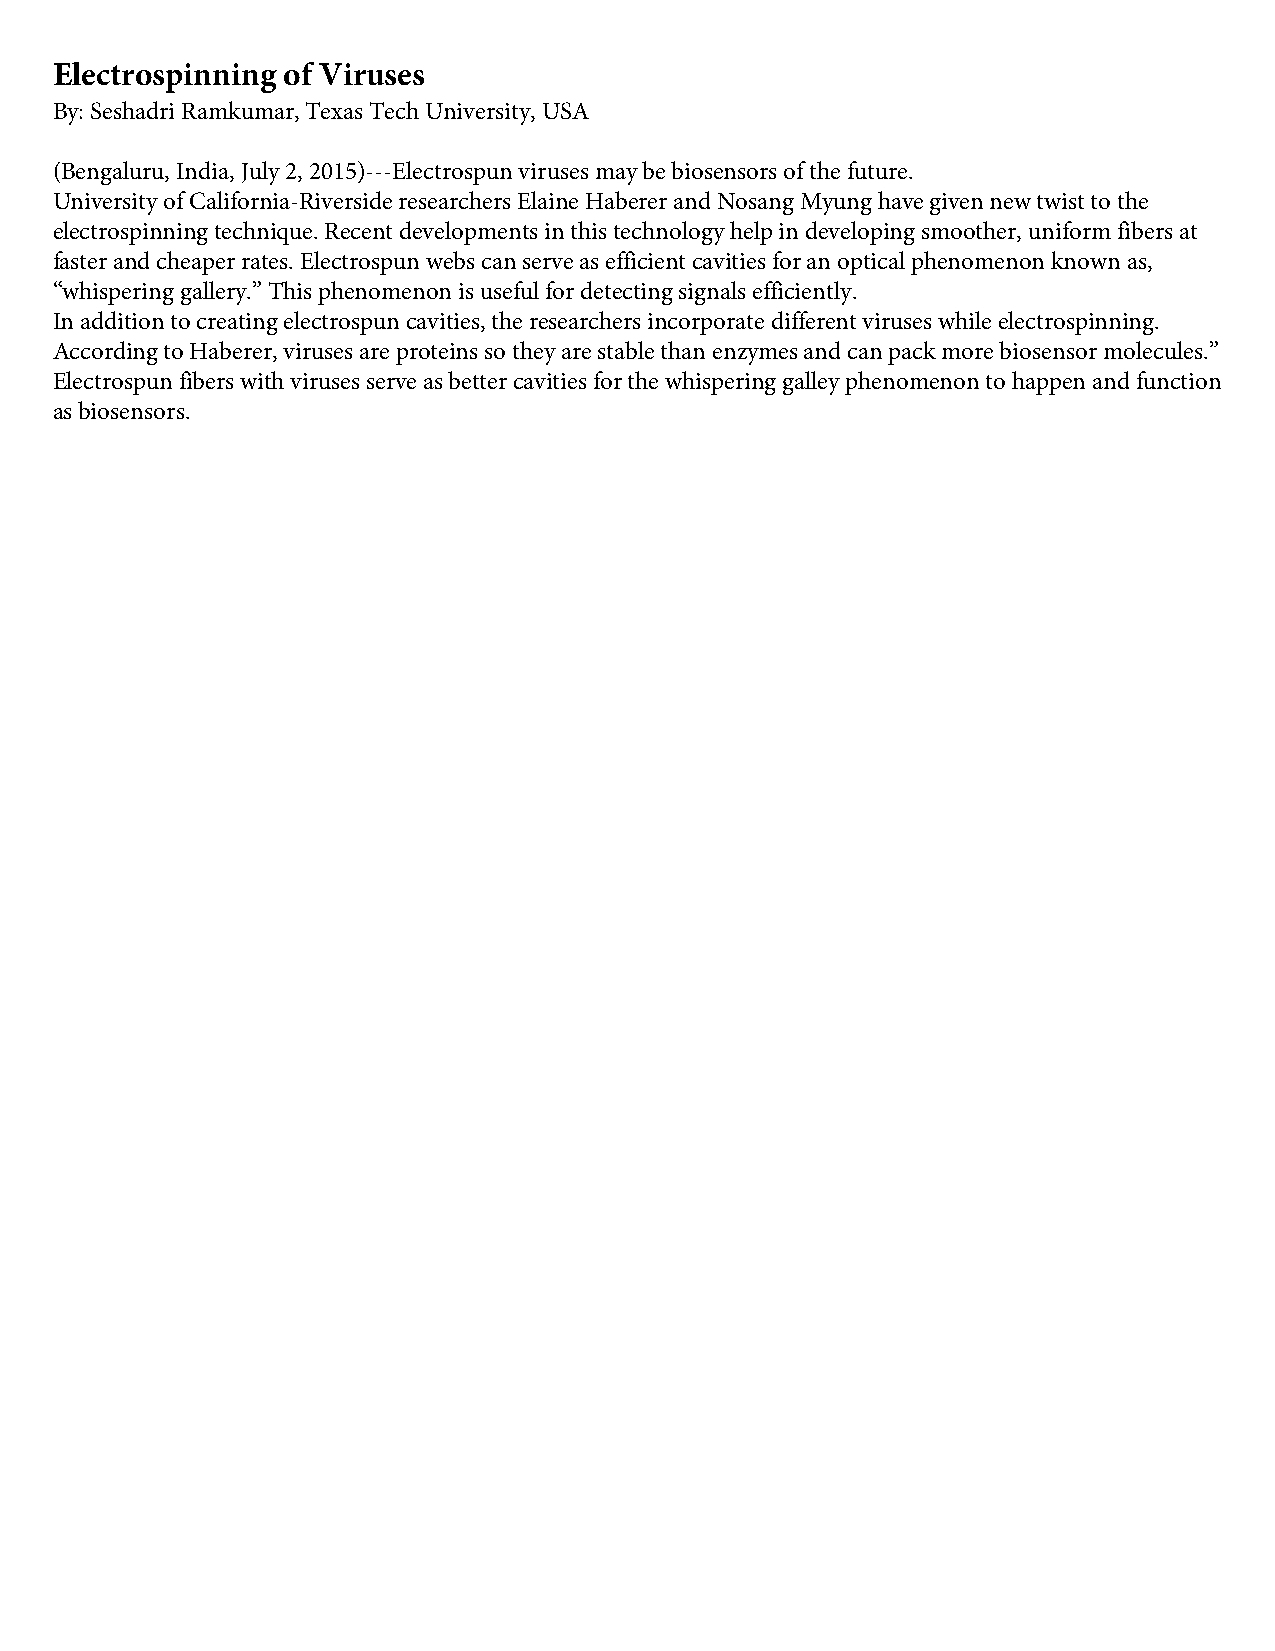
Electrospinning of Viruses
 By: Seshadri Ramkumar, Texas Tech University, USA
 (Bengaluru, India, July 2, 2015)---Electrospun viruses may be biosensors of the future.
 University of California-Riverside researchers Elaine Haberer and Nosang Myung have given new twist to the
 electrospinning technique. Recent developments in this technology help in developing smoother, uniform fibers at
 faster and cheaper rates. Electrospun webs can serve as efficient cavities for an optical phenomenon known as,
 “whispering gallery.” This phenomenon is useful for detecting signals efficiently.
 In addition to creating electrospun cavities, the researchers incorporate different viruses while electrospinning.
 According to Haberer, viruses are proteins so they are stable than enzymes and can pack more biosensor molecules.”
 Electrospun fibers with viruses serve as better cavities for the whispering galley phenomenon to happen and function
 as biosensors.